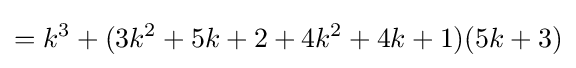
=k^{3}+(3k^{2}+5k+2+4k^{2}+4k+1)(5k+3)